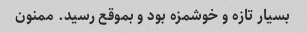
بسیار تازه و خوشمزه بود و بموقع رسید. ممنون